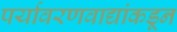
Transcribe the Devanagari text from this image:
पर्यावरणवाद्यांकडून